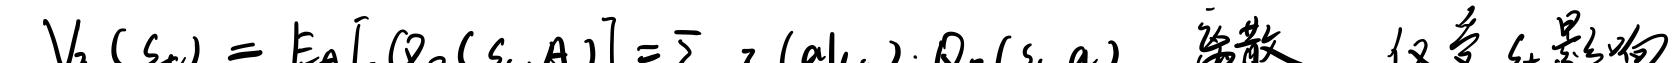
$V_2(s_{t}) = E_{a}[\beta_{2}(s_{t},a)]=\overline{z}_{2}(a|s_{t})Q_{2}(s_{t},a)$ 离散 仅当 $s_{t}$ 是确定